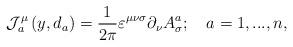
LaTeX: \begin{align*}\mathcal{J}_{a}^{\mu }\left( y,d_{a}\right) =\frac{1}{2\pi }\varepsilon^{\mu \nu \sigma }\partial _{\nu }A_{\sigma }^{a};\quad a=1,...,n,\end{align*}